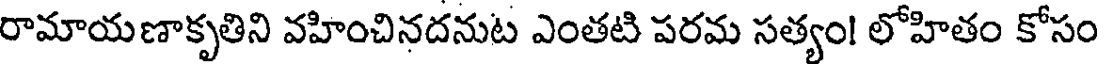
రామాయణాకృతిని వహించినదనుట ఎంతటి పరమ సత్యం! లోహితం కోసం